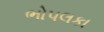
ભોપલકા